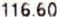
116.60